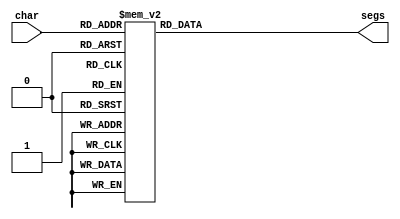
/*
   This file was generated automatically by the Mojo IDE version B1.3.6.
   Do not edit this file directly. Instead edit the original Lucid source.
   This is a temporary file and any changes made to it will be destroyed.
*/

module seven_seg_12 (
    input [3:0] char,
    output reg [6:0] segs
  );
  
  
  
  always @* begin
    
    case (char)
      1'h0: begin
        segs = 7'h3f;
      end
      1'h1: begin
        segs = 7'h06;
      end
      2'h2: begin
        segs = 7'h40;
      end
      2'h3: begin
        segs = 7'h73;
      end
      3'h4: begin
        segs = 7'h77;
      end
      3'h5: begin
        segs = 7'h6d;
      end
      3'h6: begin
        segs = 7'h5e;
      end
      3'h7: begin
        segs = 7'h71;
      end
      4'h8: begin
        segs = 7'h06;
      end
      4'h9: begin
        segs = 7'h38;
      end
      default: begin
        segs = 7'h00;
      end
    endcase
  end
endmodule